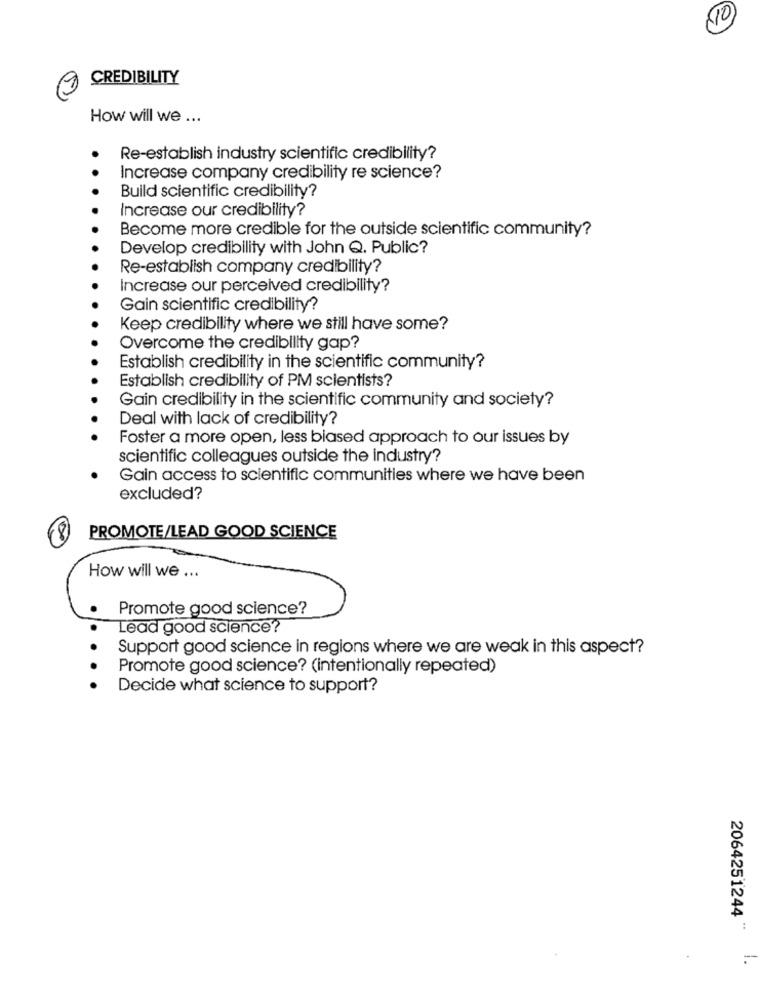
(10)
CREDIBILITY
How will we ...
Re-establish industry scientific credibility?
Increase company credibility re science?
Build scientific credibility?
Increase our credibility?
Become more credible for the outside scientific community?
Develop credibility with John Q. Public?
Re-establish company credibility?
Increase our perceived credibility?
Gain scientific credibility?
Keep credibility where we still have some?
Overcome the credibility gap?
Establish credibility in the scientific community?
Establish credibility of PM scientists?
Gain credibility in the scientific community and society?
Deal with lack of credibility?
Foster a more open, less biased approach to our issues by
scientific colleagues outside the industry?
Gain access to scientific communities where we have been
excluded?
PROMOTE/LEAD GOOD SCIENCE
How will we ...
Promote good science?
Lead good science?
Support good science in regions where we are weak in this aspect?
Promote good science? (intentionally repeated)
Decide what science to support?
2064251244
-